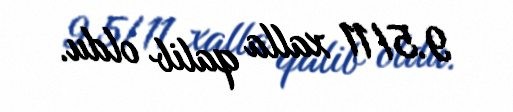
9.5/11 xalla qalib oldu.